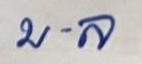
บ.ล